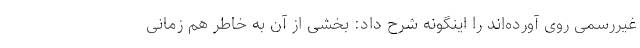
غیررسمی روی آورده‌اند را اینگونه شرح داد: بخشی از آن به خاطر هم زمانی